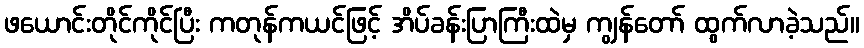
ဖယောင်းတိုင်ကိုင်ပြီး ကတုန်ကယင်ဖြင့် အိပ်ခန်းပြာကြီးထဲမှ ကျွန်တော် ထွက်လာခဲ့သည်။